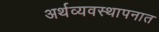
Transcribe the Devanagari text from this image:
अर्थव्यवस्थापनात